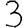
Digit: 3